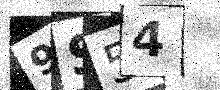
Text: 9S54